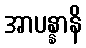
အာပန္နာနိ